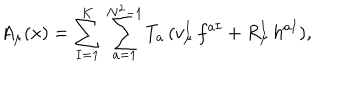
LaTeX: A _ { \mu } ( x ) = \sum _ { I = 1 } ^ { K } \, \sum _ { a = 1 } ^ { N ^ { 2 } - 1 } T _ { a } \, ( v _ { \mu } ^ { I } \, f ^ { a I } + R _ { \mu } ^ { I } \, h ^ { a I } ) ,